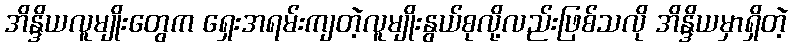
အိန္ဒိယလူမျိုးတွေက ရှေးအရမ်းကျတဲ့လူမျိုးနွယ်စုလို့လည်းဖြစ်သလို အိန္ဒိယမှာရှိတဲ့